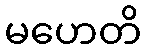
မဟေတိ